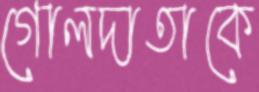
গোলদাতাকে